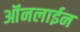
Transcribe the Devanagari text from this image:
ऑंनलाईन